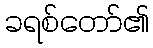
ခရစ်တော်၏